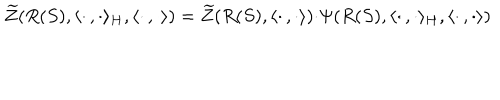
LaTeX: \widetilde { Z } ( R ( S ) , \langle \cdot \, , \cdot \rangle _ { H } , \langle \cdot \, , \cdot \rangle ) = \widetilde { Z } ( R ( S ) , \langle \cdot \, , \cdot \rangle ) { \cdot } \Psi ( R ( S ) , \langle \cdot \, , \cdot \rangle _ { H } , \langle \cdot \, , \cdot \rangle )